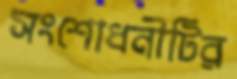
সংশোধনীটির